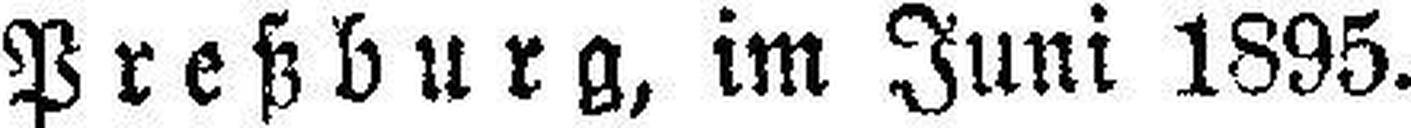
Preßburg, im Juni 1895.